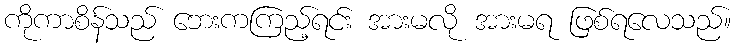
ကိုကာစိန်သည် ဘေးကကြည့်ရင်း အားမလို အားမရ ဖြစ်ရလေသည်။